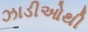
ઝાડીઓથી